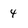
Character: 4